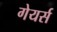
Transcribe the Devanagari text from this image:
गेयर्स